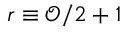
r \equiv \mathcal { O } / 2 + 1